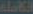
الكاملة